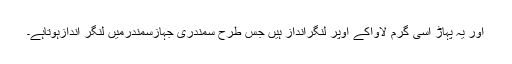
اور یہ پہاڑ اسی گرم لاواکے اوپر لنگرانداز ہیں جس طرح سمندری جہازسمندرمیں لنگر اندازہوتاہے۔